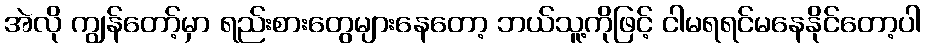
အဲလို ကျွန်တော့်မှာ ရည်းစားတွေများနေတော့ ဘယ်သူ့ကိုဖြင့် ငါမရရင်မနေနိုင်တော့ပါ